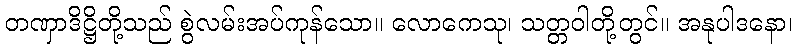
တဏှာဒိဋ္ဌိတို့သည် စွဲလမ်းအပ်ကုန်သော။ လောကေသု၊ သတ္တဝါတို့တွင်။ အနုပါဒနော၊